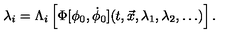
\lambda _ { i } = \Lambda _ { i } \left[ \Phi [ \phi _ { 0 } , \dot { \phi } _ { 0 } ] ( t , { \vec { x } } , \lambda _ { 1 } , \lambda _ { 2 } , \dots ) \right] .